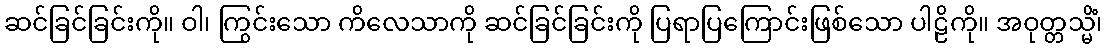
ဆင်ခြင်ခြင်းကို။ ဝါ၊ ကြွင်းသော ကိလေသာကို ဆင်ခြင်ခြင်းကို ပြရာပြကြောင်းဖြစ်သော ပါဠိကို။ အဝုတ္တသ္မိံ၊